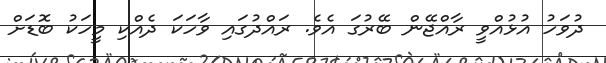
ދުވަހު އުޅުއްވީ ރާއްޖޭން ބޭރުގަ އެވެ. ރައްދުގައި ވާހަކަ ދެއްކި މީހަކު ބޮޑަށް